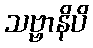
သဗ္ဗာနိပိ